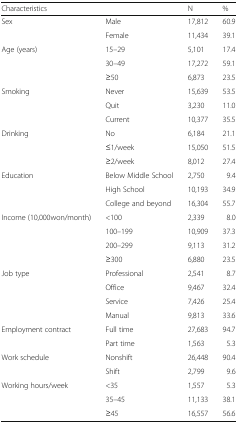
<table><thead><tr><td colspan="2"><b>Characteristics</b></td><td><b>N</b></td><td><b>%</b></td></tr></thead><tbody><tr><td rowspan="2">Sex</td><td>Male</td><td>17,812</td><td>60.9</td></tr><tr><td>Female</td><td>11,434</td><td>39.1</td></tr><tr><td rowspan="3">Age (years)</td><td>15–29</td><td>5,101</td><td>17.4</td></tr><tr><td>30–49</td><td>17,272</td><td>59.1</td></tr><tr><td>≥50</td><td>6,873</td><td>23.5</td></tr><tr><td rowspan="3">Smoking</td><td>Never</td><td>15,639</td><td>53.5</td></tr><tr><td>Quit</td><td>3,230</td><td>11.0</td></tr><tr><td>Current</td><td>10,377</td><td>35.5</td></tr><tr><td rowspan="3">Drinking</td><td>No</td><td>6,184</td><td>21.1</td></tr><tr><td>≤1/week</td><td>15,050</td><td>51.5</td></tr><tr><td>≥2/week</td><td>8,012</td><td>27.4</td></tr><tr><td rowspan="3">Education</td><td>Below Middle School</td><td>2,750</td><td>9.4</td></tr><tr><td>High School</td><td>10,193</td><td>34.9</td></tr><tr><td>College and beyond</td><td>16,304</td><td>55.7</td></tr><tr><td rowspan="4">Income (10,000won/month)</td><td>&lt;100</td><td>2,339</td><td>8.0</td></tr><tr><td>100–199</td><td>10,909</td><td>37.3</td></tr><tr><td>200–299</td><td>9,113</td><td>31.2</td></tr><tr><td>≥300</td><td>6,880</td><td>23.5</td></tr><tr><td rowspan="4">Job type</td><td>Professional</td><td>2,541</td><td>8.7</td></tr><tr><td>Office</td><td>9,467</td><td>32.4</td></tr><tr><td>Service</td><td>7,426</td><td>25.4</td></tr><tr><td>Manual</td><td>9,813</td><td>33.6</td></tr><tr><td rowspan="2">Employment contract</td><td>Full time</td><td>27,683</td><td>94.7</td></tr><tr><td>Part time</td><td>1,563</td><td>5.3</td></tr><tr><td rowspan="2">Work schedule</td><td>Nonshift</td><td>26,448</td><td>90.4</td></tr><tr><td>Shift</td><td>2,799</td><td>9.6</td></tr><tr><td rowspan="3">Working hours/week</td><td>&lt;35</td><td>1,557</td><td>5.3</td></tr><tr><td>35–45</td><td>11,133</td><td>38.1</td></tr><tr><td>≥45</td><td>16,557</td><td>56.6</td></tr></tbody></table>